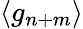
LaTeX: \langle g_{n+m}\rangle